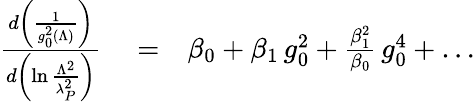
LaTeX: \begin{array}{rlr}{{\frac{d\left(\frac{1}{g_{0}^{2}(\Lambda)}\right)}{d\left(\ln{\frac{\Lambda^{2}}{\lambda_{P}^{2}}}\right)}}}&{{}=}&{\beta_{0}+{\beta_{1}}\, g_{0}^{2}+{\frac{\beta_{1}^{2}}{\beta_{0}}}\, g_{0}^{4}+\dots}\end{array}